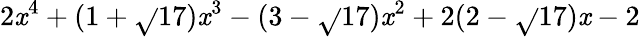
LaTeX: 2\mathit{x}^{4}+(1+\sqrt{}{{17}})\mathit{x}^{3}-(3-\sqrt{}{{17}})\mathit{x}^{2}+2(2-\sqrt{}{{17}})\mathit{x}-2